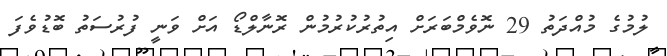
ލުމުގެ މުއްދަތު 29 ނޮވެމްބަރަށް އިތުރުކުރުމުން ރޮނާލްޑޯ އަށް ވަނީ ފުރުސަތު ބޮޑުވެފަ